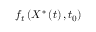
f _ { t } \left( X ^ { \ast } \left( t \right) , t _ { 0 } \right)